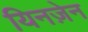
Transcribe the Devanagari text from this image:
यिनज़ेन